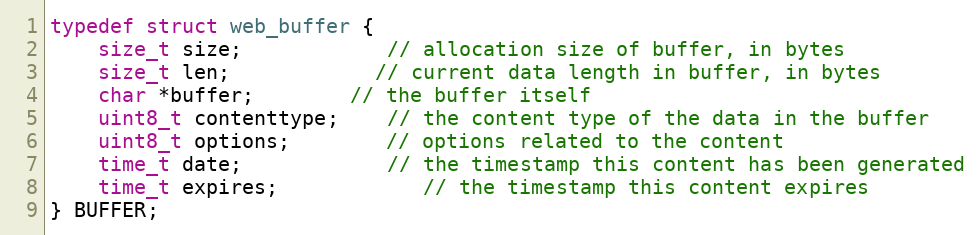
Language: C
typedef struct web_buffer {
    size_t size;        	// allocation size of buffer, in bytes
    size_t len;     		// current data length in buffer, in bytes
    char *buffer;   		// the buffer itself
    uint8_t contenttype;	// the content type of the data in the buffer
    uint8_t options;		// options related to the content
    time_t date;    		// the timestamp this content has been generated
    time_t expires;			// the timestamp this content expires
} BUFFER;